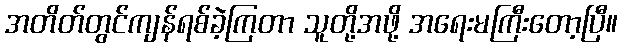
အတိတ်တွင်ကျန်ရစ်ခဲ့ကြတာ သူတို့အဖို့ အရေးမကြီးတော့ပြီ။